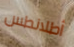
أطلانطس